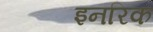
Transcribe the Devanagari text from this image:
इनरिक